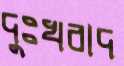
দুঃখবাদ